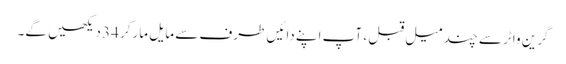
گرین واٹر سے چند میل قبل ، آپ اپنے دائیں طرف سے مایل مارکر 34 دیکھیں گے۔